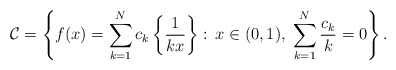
\begin{align*}\mathcal{C}=\left\{ f(x) = \sum_{k=1}^N c_k \left\{\frac{1}{kx}\right\}:\, x \in (0,1), \; \sum_{k=1}^N \frac{c_k}{k} =0 \right\}.\end{align*}